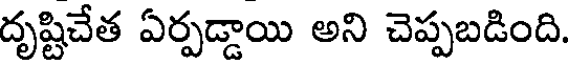
దృష్టిచేత ఏర్పడ్డాయి అని చెప్పబడింది.